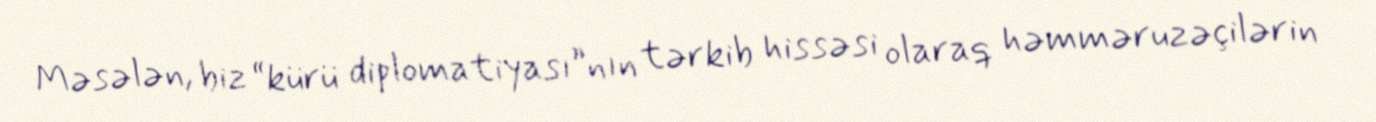
Məsələn, biz “kürü diplomatiyası”nın tərkib hissəsi olaraq həmməruzəçilərin